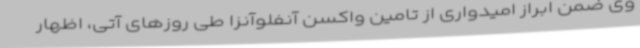
وی ضمن ابراز امیدواری از تامین واکسن آنفلوآنزا طی روزهای آتی، اظهار